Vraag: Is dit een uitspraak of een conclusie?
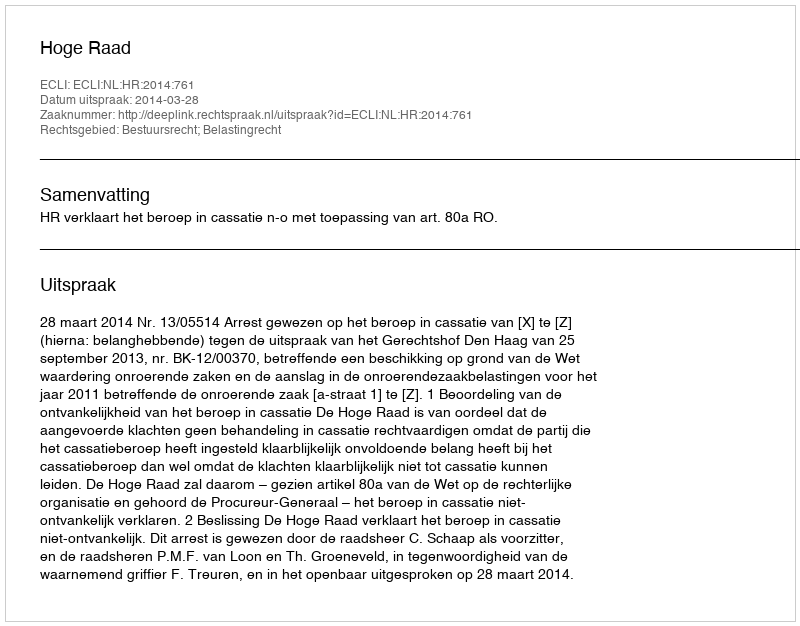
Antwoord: Uitspraak